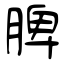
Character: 脾